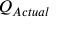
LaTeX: Q _ { A c t u a l } \,